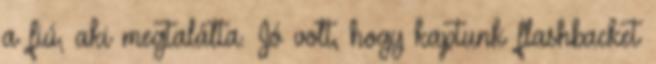
a fiú, aki megtalálta. Jó volt, hogy kaptunk flashbacket